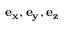
\mathbf { e _ { x } } , \mathbf { e _ { y } } , \mathbf { e _ { z } }